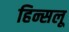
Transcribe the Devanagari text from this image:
हिन्सलू